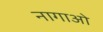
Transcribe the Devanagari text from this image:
नागाओ